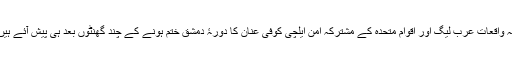
یہ واقعات عرب لیگ اور اقوام متحدہ کے مشترکہ امن ایلچی کوفی عنان کا دورۂ دمشق ختم ہونے کے چند گھنٹوں بعد ہی پیش آئے ہیں۔